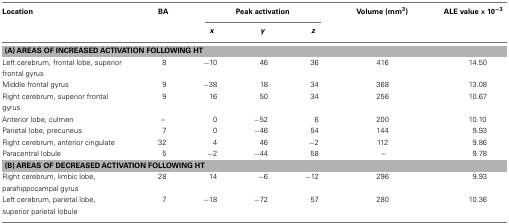
<table><thead><tr><td><b>Location</b></td><td><b>BA</b></td><td colspan="3"><b>Peak activation</b></td><td><b>Volume (mm<sup>3</sup>)</b></td><td><b>ALE value × 10<sup>−3</sup></b></td></tr><tr><td></td><td></td><td><b><i>x</i></b></td><td><b><i>y</i></b></td><td><b><i>z</i></b></td><td></td><td></td></tr></thead><tbody><tr><td colspan="7"><b>(A) AREAS OF INCREASED ACTIVATION FOLLOWING HT</b></td></tr><tr><td>Left cerebrum, frontal lobe, superior frontal gyrus</td><td>8</td><td>−10</td><td>46</td><td>36</td><td>416</td><td>14.50</td></tr><tr><td>Middle frontal gyrus</td><td>9</td><td>−38</td><td>18</td><td>34</td><td>368</td><td>13.08</td></tr><tr><td>Right cerebrum, superior frontal gyrus</td><td>9</td><td>16</td><td>50</td><td>34</td><td>256</td><td>10.67</td></tr><tr><td>Anterior lobe, culmen</td><td>–</td><td>0</td><td>−52</td><td>6</td><td>200</td><td>10.10</td></tr><tr><td>Parietal lobe, precuneus</td><td>7</td><td>0</td><td>−46</td><td>54</td><td>144</td><td>9.93</td></tr><tr><td>Right cerebrum, anterior cingulate</td><td>32</td><td>4</td><td>46</td><td>−2</td><td>112</td><td>9.86</td></tr><tr><td>Paracentral lobule</td><td>5</td><td>−2</td><td>−44</td><td>58</td><td>–</td><td>9.78</td></tr><tr><td colspan="7"><b>(B) AREAS OF DECREASED ACTIVATION FOLLOWING HT</b></td></tr><tr><td>Right cerebrum, limbic lobe, parahippocampal gyrus</td><td>28</td><td>14</td><td>−6</td><td>−12</td><td>296</td><td>9.93</td></tr><tr><td>Left cerebrum, parietal lobe, superior parietal lobule</td><td>7</td><td>−18</td><td>−72</td><td>57</td><td>280</td><td>10.36</td></tr></tbody></table>